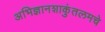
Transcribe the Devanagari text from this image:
अभिज्ञानशाकुंतलमचे